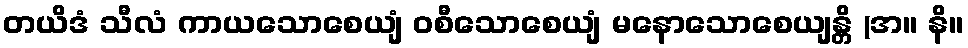
တယိဒံ သီလံ ကာယသောစေယျံ ဝစီသောစေယျံ မနောသောစေယျန္တိ (အ။ နိ။